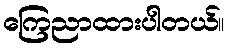
ကြေညာထားပါတယ်။